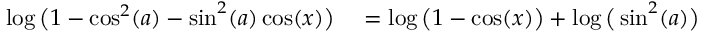
\begin{array} { r l } { \log \big ( 1 - \cos ^ { 2 } ( a ) - \sin ^ { 2 } ( a ) \cos ( x ) \big ) } & { { } = \log \big ( 1 - \cos ( x ) \big ) + \log \big ( \sin ^ { 2 } ( a ) \big ) } \end{array}